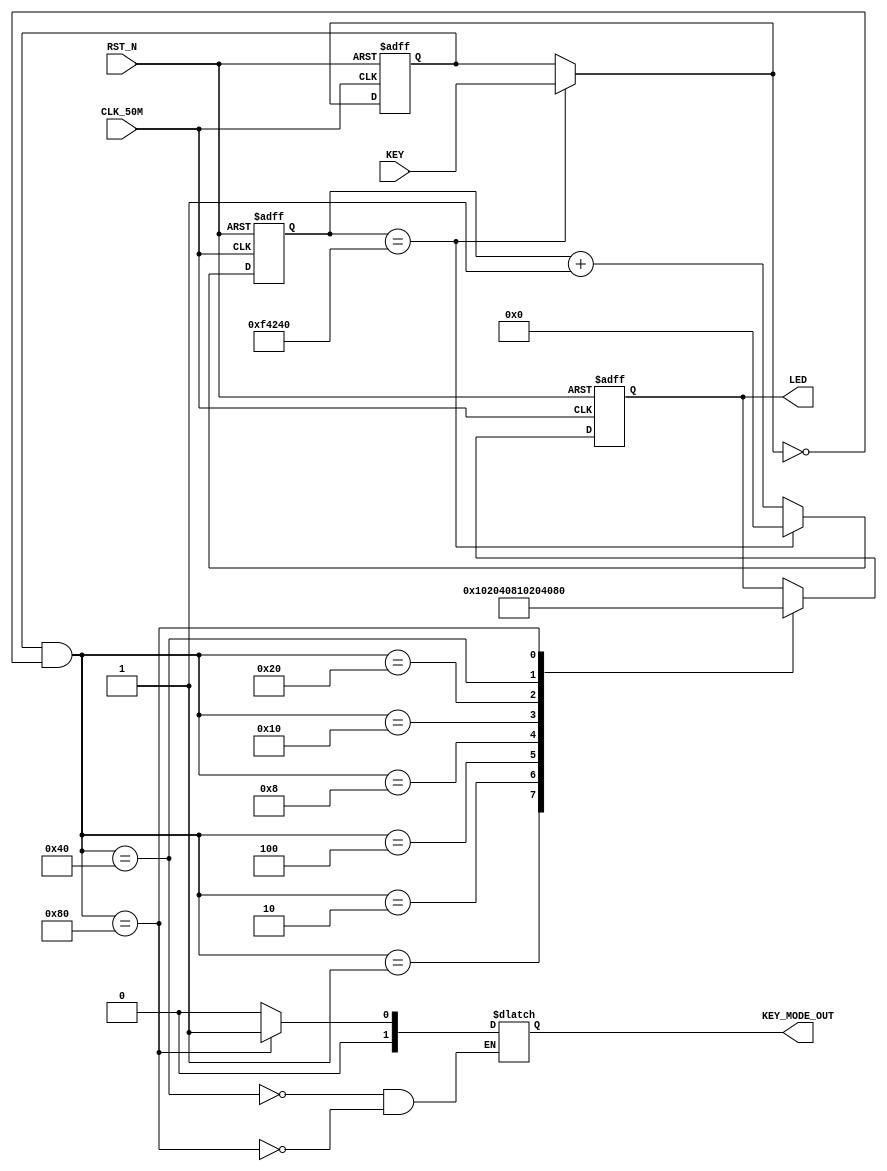
//---------------------------------------------------------------------------
//--			:	Key_Module.v
//--			:	
//--			:	
//--		:	
//---------------------------------------------------------------------------
module Key_Module
(
	//
	CLK_50M,RST_N,KEY,
	//
	LED,
	KEY_MODE_OUT
);  
 
//---------------------------------------------------------------------------
//--	
//---------------------------------------------------------------------------
input					CLK_50M;				//,50MHz
input					RST_N;				//,
input		[ 7:0]	KEY;					//KEY
output	[ 7:0]	LED;					//LED
output 	[ 1:0]   KEY_MODE_OUT;
//---------------------------------------------------------------------------
//--	
//---------------------------------------------------------------------------
reg		[19:0]	time_cnt;			//
reg		[19:0]	time_cnt_n;			//time_cnt
reg		[ 7:0]	key_reg;				//
reg		[ 7:0]	key_reg_n;			//key_reg
wire		[ 7:0]	key_out;				//
reg		[ 7:0]	LED;					//LED
reg		[ 7:0]	LED_N;				//LED
wire 		[ 1:0]   KEY_MODE_OUT;
reg 		[ 1:0]   KEY_MODE_OUT_n;
//20ms,  (20*10^6)ns / (1/50)ns  50MHz
parameter SET_TIME_20MS = 27'd1_000_000;	

//---------------------------------------------------------------------------
//--		
//---------------------------------------------------------------------------
//time_cnt
always @ (posedge CLK_50M, negedge RST_N)
begin
	if(!RST_N)								//
		time_cnt <= 20'h0;				//time_cnt
	else
		time_cnt <= time_cnt_n;			//time_cnt
end

//20ms
always @ (*)
begin
	if(time_cnt == SET_TIME_20MS)		//20ms
		time_cnt_n = 20'h0;				//20ms,
	else
		time_cnt_n <= time_cnt + 1'b1;//20ms,
end

//key_reg
always @ (posedge CLK_50M, negedge RST_N)
begin
	if(!RST_N)								//
		key_reg <= 8'h0;					//key_reg
	else
		key_reg <= key_reg_n;			//key_reg
end

//20ms
always @ (*)
begin
	if(time_cnt == SET_TIME_20MS)		//20ms
		key_reg_n <= KEY;					//20ms,
	else
		key_reg_n <= key_reg;			//20ms,
end

assign key_out = key_reg & (~key_reg_n);//LED

//LED
always @ (posedge CLK_50M, negedge RST_N)
begin
	if(!RST_N)								//
		LED <= 8'h0;						//LED
	else
		LED <= LED_N;						//LED
end

//LED
always @ (*)
begin
	case(key_out)
		8'h01  : LED_N = 8'b00000001; //1LED1
		8'h02  : LED_N = 8'b00000010; //2LED2
		8'h04  : LED_N = 8'b00000100; //3LED3
		8'h08  : LED_N = 8'b00001000; //4LED4
		8'h10  : LED_N = 8'b00010000; //5LED5
		8'h20  : LED_N = 8'b00100000; //6LED6
		8'h40  : LED_N = 8'b01000000; //7LED7
		8'h80  : LED_N = 8'b10000000; //8LED8
		default: LED_N = LED;
	endcase
end
//LED
always @ (*)
begin
	case(key_out)
		8'h40  : KEY_MODE_OUT_n = 2'b00; //7LED7
		8'h80  : KEY_MODE_OUT_n = 2'b01; //8LED8
		default: KEY_MODE_OUT_n = KEY_MODE_OUT;
	endcase
end
assign KEY_MODE_OUT = KEY_MODE_OUT_n;

endmodule